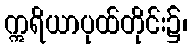
ဣရိယာပုထ်တိုင်း၌၊